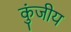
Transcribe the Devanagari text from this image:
कुंजीय